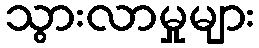
သွားလာမှုများ